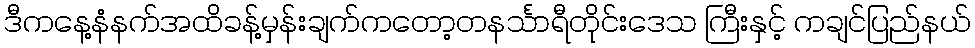
ဒီကနေ့နံနက်အထိခန့်မှန်းချက်ကတော့တနင်္သာရီတိုင်းဒေသ ကြီးနှင့် ကချင်ပြည်နယ်